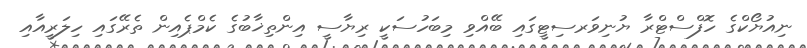
ނިއުޔޯކްގެ ހޮފްސްޓްރާ ޔުނިވަރސިޓީގައި ބޭއްވި މިބަހުސަކީ ރިޔާސީ އިންތިޚާބުގެ ކެމްޕެއިން ތެރޭގައި ހިލަރީއާއި